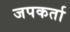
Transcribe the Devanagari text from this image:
जपकर्ता